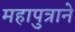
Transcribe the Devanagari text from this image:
महापुत्राने